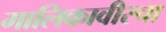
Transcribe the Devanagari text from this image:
मालिकावीरचा